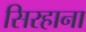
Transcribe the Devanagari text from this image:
सिरहाना